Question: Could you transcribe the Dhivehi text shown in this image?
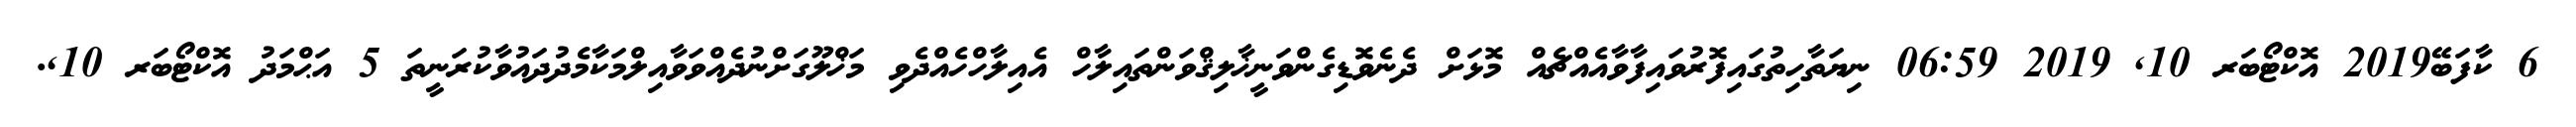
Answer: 6 ކާފަބޭ2019 އޮކްޓޯބަރ 10, 2019 06:59 ނިޔަތާހިތުގައިފޮރުވައިފާވާއެއްޗެއް މޮޅަށް ދެނެވޮޑިގެންވަނީޚާލިޤްވަންތައިލާހް އެއިލާހްހެއްދެވި މަޚްލޫގަށްނުދެއްވަވާއިލްމަކާމެދުދައުވާކުރަނީތަ 5 އަޙްމަދު އޮކްޓޯބަރ 10,.